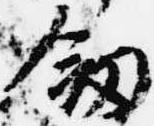
剣